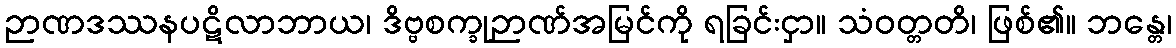
ဉာဏဒဿနပဋိလာဘာယ၊ ဒိဗ္ဗစက္ခုဉာဏ်အမြင်ကို ရခြင်းငှာ။ သံဝတ္တတိ၊ ဖြစ်၏။ ဘန္တေ၊